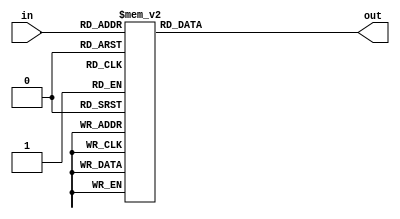
module decoder_4_16(
    input wire [3:0] in,
    output reg [15:0] out
);
    always @ (*) begin
        case(in)
            4'd0:begin out = 16'b1; end
            4'd1:begin out = 16'b10; end
            4'd2:begin out = 16'b100; end
            4'd3:begin out = 16'b1000; end
            4'd4:begin out = 16'b10000; end
            4'd5:begin out = 16'b100000; end
            4'd6:begin out = 16'b1000000; end
            4'd7:begin out = 16'b10000000; end
            4'd8:begin out = 16'b100000000; end
            4'd9:begin out = 16'b1000000000; end
            4'd10:begin out = 16'b10000000000; end
            4'd11:begin out = 16'b100000000000; end
            4'd12:begin out = 16'b1000000000000; end
            4'd13:begin out = 16'b10000000000000; end
            4'd14:begin out = 16'b100000000000000; end
            4'd15:begin out = 16'b1000000000000000; end
            default:begin
                out = 16'b0;
            end
        endcase 
    end
endmodule